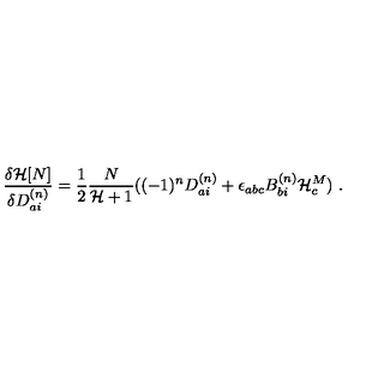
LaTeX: \frac { { \delta } { \cal H } [ N ] } { { \delta } D _ { a i } ^ { ( n ) } } = \frac { 1 } { 2 } \frac { N } { { \cal H } + 1 } ( ( - 1 ) ^ { n } D _ { a i } ^ { ( n ) } + { \epsilon } _ { a b c } B _ { b i } ^ { ( n ) } { \cal H } _ { c } ^ { M } ) \ .